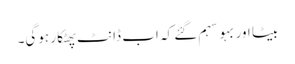
بیٹا اور بہو سہم گئے کہ اب ڈانٹ پھٹکار ہوگی۔